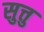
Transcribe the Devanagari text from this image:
सुत्तु